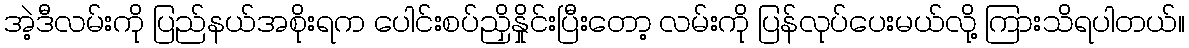
အဲ့ဒီလမ်းကို ပြည်နယ်အစိုးရက ပေါင်းစပ်ညှိနှိုင်းပြီးတော့ လမ်းကို ပြန်လုပ်ပေးမယ်လို့ ကြားသိရပါတယ်။